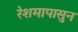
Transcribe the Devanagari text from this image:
रेशमापासुन